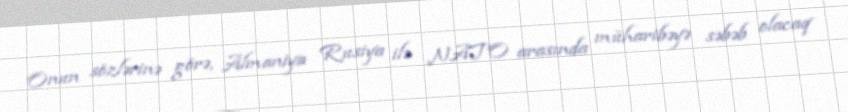
Onun sözlərinə görə, Almaniya Rusiya ilə NATO arasında müharibəyə səbəb olacaq